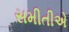
સમીતીએ